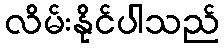
လိမ်းနိုင်ပါသည်